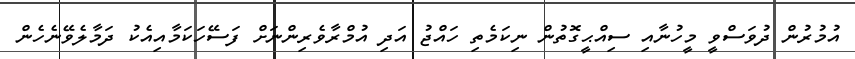
އުމުރުން ދުވަސްވީ މީހުނާއި ސިއްޙީގޮތުން ނިކަމެތި ހައްޖު އަދި އުމްރާވެރިންނަށް ފަސޭހަކަމާއިއެކު ދަމާލެވޭނެހެން